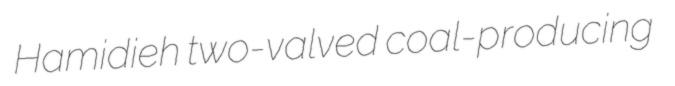
Hamidieh two-valved coal-producing